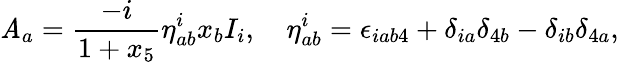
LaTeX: \mathit{A}_{a}=\frac{{-i}}{{1+x_{5}}}\eta_{ab}^{i}x_{b}I_{i},\quad\eta_{ab}^{i}=\epsilon_{iab4}+\delta_{ia}\delta_{4b}-\delta_{ib}\delta_{4a},